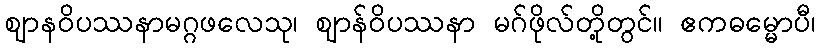
ဈာနဝိပဿနာမဂ္ဂဖလေသု၊ ဈာန်ဝိပဿနာ မဂ်ဖိုလ်တို့တွင်။ ဧကဓမ္မောပီ၊